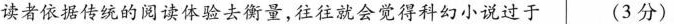
读者依据传统的阅读体验去衡量，往往就会觉得科幻小说过于 (3分)